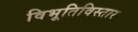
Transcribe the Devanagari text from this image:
विभूतिविस्तार